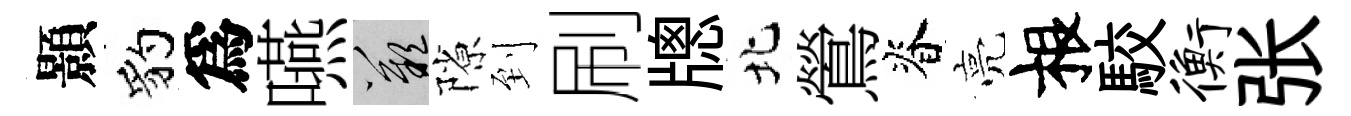
顥豹爲嚥嘆隙到刷牕北鶯脊亮根駮衡张